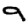
Digit: 9